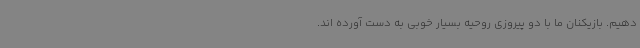
دهیم. بازیکنان ما با دو پیروزی روحیه بسیار خوبی به دست آورده اند.